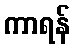
ကာရန်